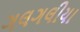
ગલગલીયા